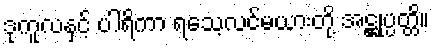
ဒုကူလနှင့် ပါရိကာ ရသေ့လင်မယားတို့ အဋ္ဌုပ္ပတ္တိ။